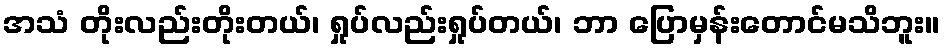
အသံ တိုးလည်းတိုးတယ်၊ ရှုပ်လည်းရှုပ်တယ်၊ ဘာ ပြောမှန်းတောင်မသိဘူး။